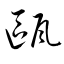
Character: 甌